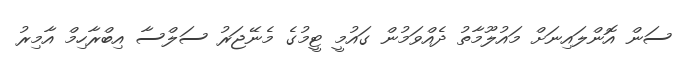
ސަން އޮންލައިނަށް މައުލޫމާތު ދެއްވަމުން ގައުމީ ޓީމުގެ މެނޭޖަރު ސަލްސާ އިބްރާހިމް އާމިރު